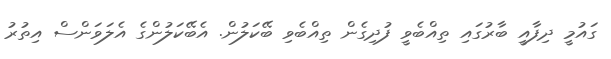
ގައުމީ ދިފާއީ ބާރުގައި ތިއްބެވީ ފުދިގެން ތިއްބެވި ބޭކަލުން. އެބޭކަލުންގެ އެލަވަންސް އިތުރު